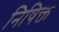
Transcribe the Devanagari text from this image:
निषिक्त